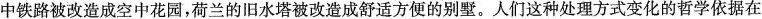
中铁路被改造成空中花园，荷兰的旧水塔被改造成舒适方便的别墅。人们这种处理方式变化的哲学依据在